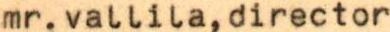
mr.vallila,director